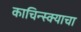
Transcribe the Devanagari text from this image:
काचिन्स्क्याचा